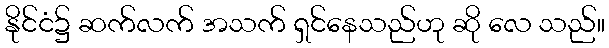
နိုင်ငံ၌ ဆက်လက် အသက် ရှင်နေသည်ဟု ဆို လေ သည်။